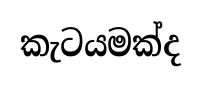
කැටයමක්ද